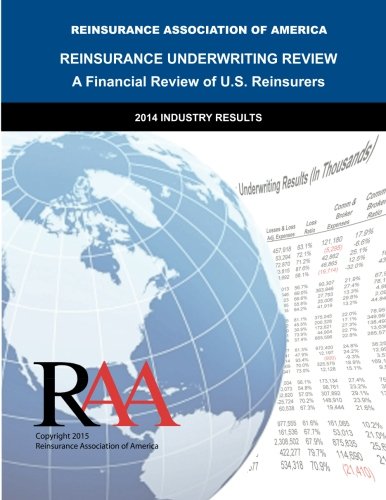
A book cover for Reinsurance Underwriting Review: 2014 Data; Reinsurance Association of America; Business & Money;